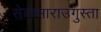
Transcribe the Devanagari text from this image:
सेयासाराउगुस्ता